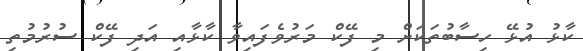
ކާޅު އުޅޭ ހިސާބުތަކަށް މި ފޭކް މަރުވެފައިވާ ކާޅާއި އަދި ފޭކް ސުރުމުތި